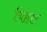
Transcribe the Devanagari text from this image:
बिहार